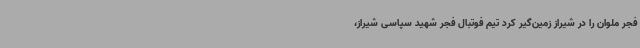
فجر ملوان را در شیراز زمین‌گیر کرد تیم فوتبال فجر شهید سپاسی شیراز،